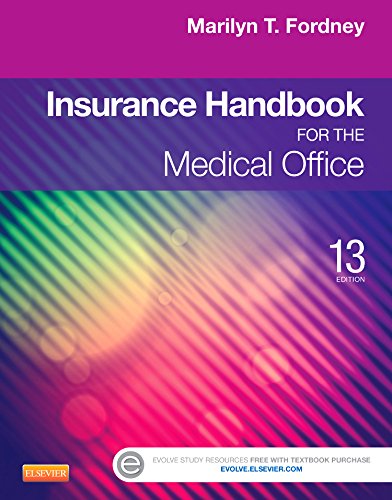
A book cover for Insurance Handbook for the Medical Office, 13th Edition; Marilyn T. Fordney; Medical Books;